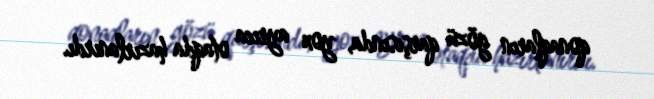
qonaqların gözü qarşısında, yox ayrıca otaqda hazırlanırdı.